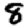
Digit: 8